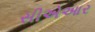
સીએઆર